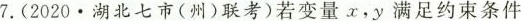
7.(2020·湖北七市(州)联考)若变量x，y满足约束条件